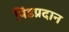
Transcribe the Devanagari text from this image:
पिंडप्रदान